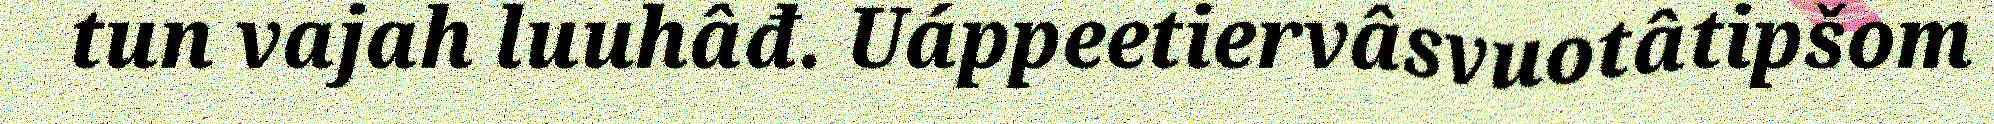
tun vajah luuhâđ. Uáppeetiervâsvuotâtipšom